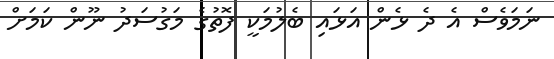
ނަމަވެސް އެ ދެ ޅެން އަޅައި ބެލުމަކީ ފޮތުގެ މަގުސަދު ނޫން ކަމަށް